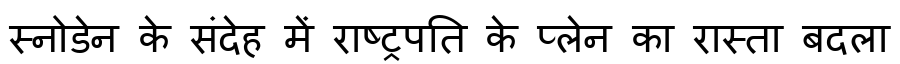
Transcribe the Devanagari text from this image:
स्नोडेन के संदेह में राष्ट्रपति के प्लेन का रास्ता बदला